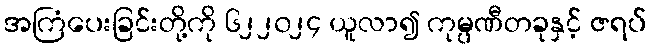
အကြံပေးခြင်းတို့ကို ၆၂၂၀၂၄ ယူလာ၍ ကုမ္ပဏီတခုနှင့် ဇရပ်